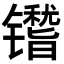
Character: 𬭿